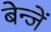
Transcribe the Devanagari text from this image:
बेन्जें